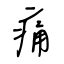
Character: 痛